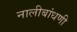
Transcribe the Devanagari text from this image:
नालीबांधणी